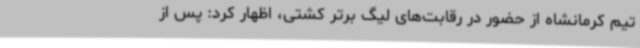
تیم کرمانشاه از حضور در رقابت‌های لیگ برتر کشتی، اظهار کرد: پس از